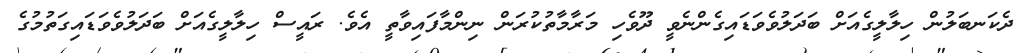
ދެކަނބަލުން ހިލާލީގެއަށް ބަދަލުވެވަޑައިގެންނެވީ ދޫވެހި މަރާމާތުކުރަން ނިންމާފައިވާތީ އެވެ. ރައީސް ހިލާލީގެއަށް ބަދަލުވެވަޑައިގަތުމުގެ